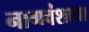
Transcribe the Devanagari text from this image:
नागवंशाचा